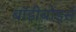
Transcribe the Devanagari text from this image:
बॉडीबोर्ड्स